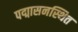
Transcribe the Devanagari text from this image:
पद्मासनस्थित